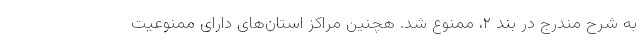
به شرح مندرج در بند ۲، ممنوع شد. هچنین مراکز استان‌های دارای ممنوعیت